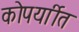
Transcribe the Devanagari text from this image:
कोपर्याीत